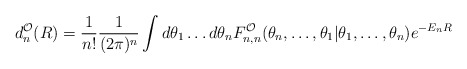
\begin{align*}d_n^{\cal O}(R) =\frac{1}{n!} \frac{1}{(2 \pi)^n}\int d\theta_1\ldots d\theta_nF_{n,n}^{\cal O}(\theta_n,\ldots,\theta_1 |\theta_1,\ldots,\theta_n) e^{-E_n R} \,\,\,\end{align*}